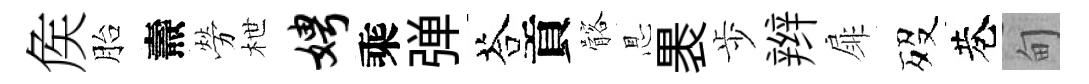
矦胎燾勞枻娉乘弹荅貢髂㤙褁歩辫扉歿巷甸